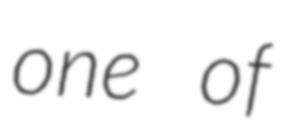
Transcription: one of